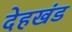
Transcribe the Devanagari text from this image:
देहखंड